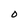
Character: O